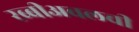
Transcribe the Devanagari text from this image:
रब्बीअवलची